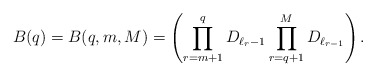
\begin{align*}B(q)=B(q,m,M)=\left(\prod_{r=m+1}^{q}{D_{\ell_{r}-1}} \prod_{r=q+1}^{M}{D_{\ell_{r-1}}}\right).\end{align*}